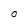
Character: O